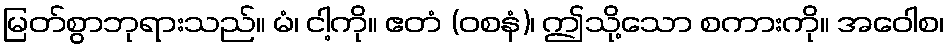
မြတ်စွာဘုရားသည်။ မံ၊ ငါ့ကို။ ဧတံ (ဝစနံ)၊ ဤသို့သော စကားကို။ အဝေါစ၊